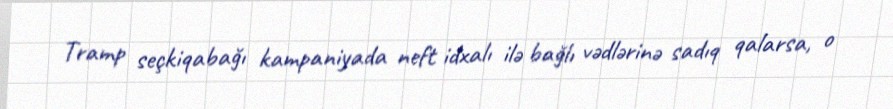
Tramp seçkiqabağı kampaniyada neft idxalı ilə bağlı vədlərinə sadıq qalarsa, o